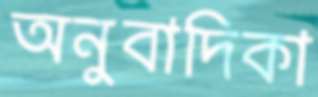
অনুবাদিকা